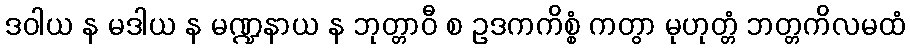
ဒဝါယ န မဒါယ န မဏ္ဍနာယ န ဘုတ္တာဝီ စ ဥဒကကိစ္စံ ကတွာ မုဟုတ္တံ ဘတ္တကိလမထံ